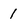
Character: 1